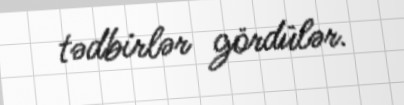
tədbirlər gördülər.